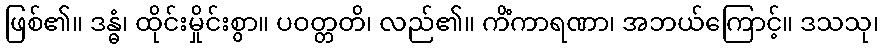
ဖြစ်၏။ ဒန္ဓံ၊ ထိုင်းမှိုင်းစွာ။ ပဝတ္တတိ၊ လည်၏။ ကိံကာရဏာ၊ အဘယ်ကြောင့်။ ဒသသု၊